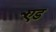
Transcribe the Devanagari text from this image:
र्एेड